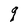
Character: q